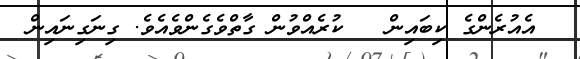
އެއުރެންގެ ކިބައިން   ކުރެއްވުން ގާތްވެގެންވެއެވެ. ގިނަގިނައިން